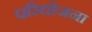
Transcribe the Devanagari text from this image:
परिद्योजना